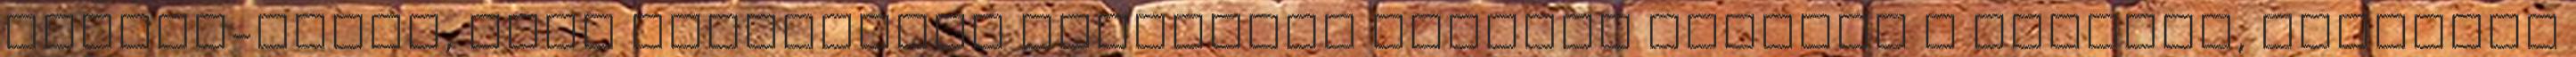
herbál-holmi, amit megfázásos esetekben szoktak harapni a kínaiak, teljesen